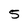
Character: 5